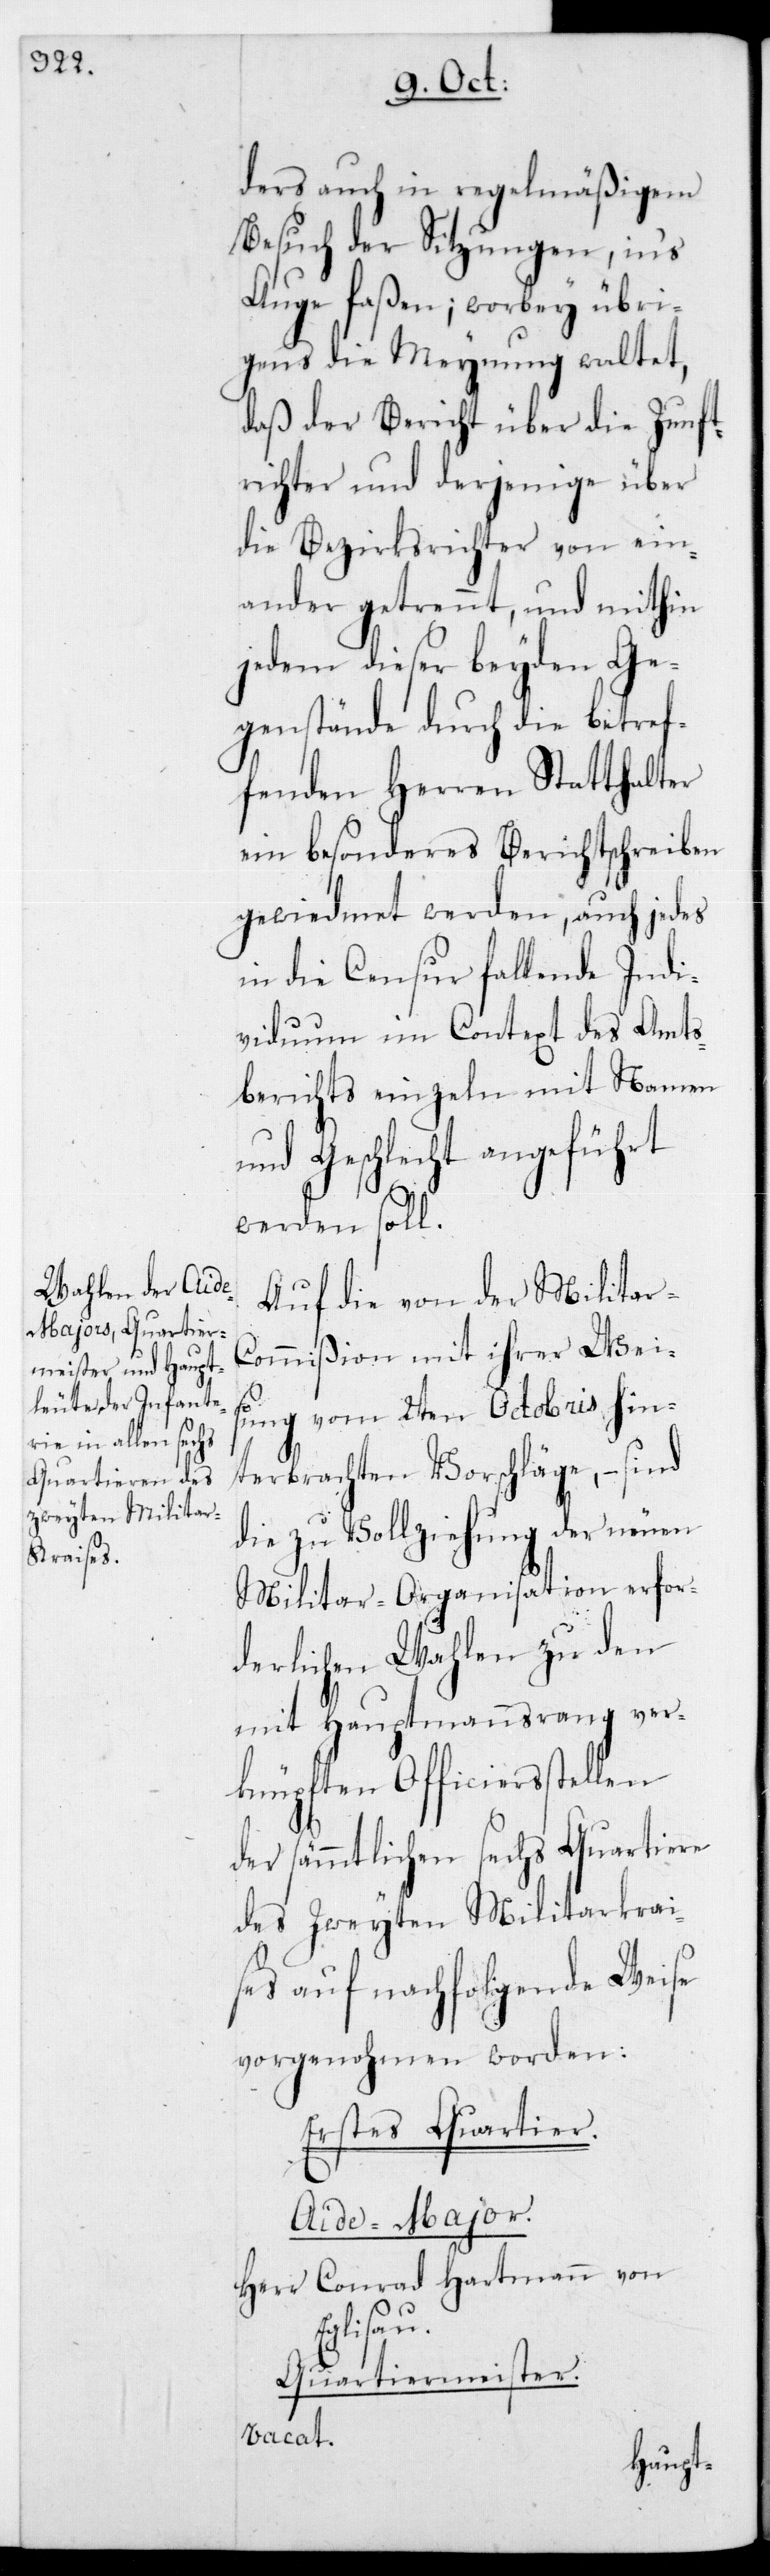
ders auch in regelmäßigem
Besuch der Sitzungen, ins
Auge faßen; worbey übri¬
gens die Meynung waltet,
daß der Bericht über die Zunft¬
richter und derjenige über
die Bezirksrichter vonein¬
ander getrennt, und mithin
jedem dieser beyden Ge¬
genstände durch die betref¬
fenden Herren Statthalter
ein besonderes Berichtschreiben
gewiedmet werden, auch jedes
in die Censur fallende Indi¬
viduum im Context des Amts¬
berichts einzeln mit Namen
und Geschlecht angeführt
werden soll.
Auf die von von der
ommißion mit ihrer Wei¬
sung vom 2ten Octobris hin¬
terbrachten Vorschläge, – sind
die zu Vollziehung der neuen
Militar-Organisation erfor¬
derlichen Wahlen zu den
mit Hauptmannsrang ver¬
knüpften Officiersstellen
der sämmtlichen sechs Quartiere
des zweyten Militarkrai¬
ses auf nachfolgende Weise
vorgenohmen worden:
Erstes Quartier.
Aide-Major.
Herr Conrad Hartmann von
Eglisau.
Quartiermeister.
vacat.